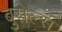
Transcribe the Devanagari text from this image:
बुसेल्स